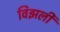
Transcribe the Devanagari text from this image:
विझली